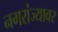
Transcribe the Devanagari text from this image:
नगरांज्यावर